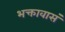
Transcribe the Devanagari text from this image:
भक्तावासं